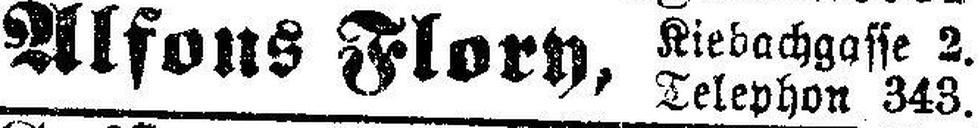
Alfons Flory,